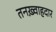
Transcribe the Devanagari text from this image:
तनख़्वाहदार